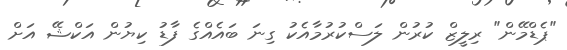
"ޕެޑްމޭން" ރިލީޒް ކުރުން ލަސްކުރުމާއެކު ގިިނަ ބައެއްގެ ފާޑު ކިޔުން އަކްޝޭ އަށް